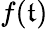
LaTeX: f(\mathfrak{t})